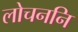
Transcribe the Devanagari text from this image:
लोचननि